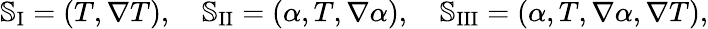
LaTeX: \begin{array}{r}{\mathbb{S}_{\textrm{I}}=(T,\nabla T),\quad\mathbb{S}_{\textrm{II}}=(\alpha,T,\nabla\alpha),\quad\mathbb{S}_{\textrm{III}}=(\alpha,T,\nabla\alpha,\nabla T),}\end{array}